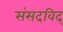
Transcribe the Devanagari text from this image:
संसदविद्‌